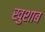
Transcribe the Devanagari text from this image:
खुशाब